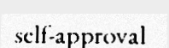
self-approval